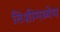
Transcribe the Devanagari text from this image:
तिशीमध्येच